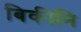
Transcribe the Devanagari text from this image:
बिकीनि